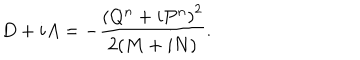
D + i A = - \frac { \left( Q ^ { n } + i P ^ { n } \right) ^ { 2 } } { 2 ( M + i N ) } .